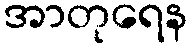
အာတုရေန